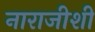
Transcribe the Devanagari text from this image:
नाराजीशी